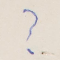
?